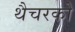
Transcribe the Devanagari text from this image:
थैचरको